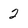
Character: 2